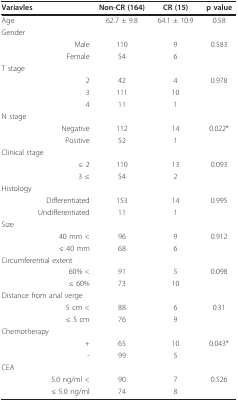
<table><thead><tr><td><b>Variavles</b></td><td><b>Non-CR (164)</b></td><td><b>CR (15)</b></td><td><b>p value</b></td></tr></thead><tbody><tr><td>Age</td><td>62.7 ± 9.8</td><td>64.1 ± 10.9</td><td>0.58</td></tr><tr><td>Gender</td><td></td><td></td><td></td></tr><tr><td>Male</td><td>110</td><td>9</td><td>0.583</td></tr><tr><td>Female</td><td>54</td><td>6</td><td></td></tr><tr><td>T stage</td><td></td><td></td><td></td></tr><tr><td>2</td><td>42</td><td>4</td><td>0.978</td></tr><tr><td>3</td><td>111</td><td>10</td><td></td></tr><tr><td>4</td><td>11</td><td>1</td><td></td></tr><tr><td>N stage</td><td></td><td></td><td></td></tr><tr><td>Negative</td><td>112</td><td>14</td><td>0.022*</td></tr><tr><td>Positive</td><td>52</td><td>1</td><td></td></tr><tr><td>Clinical stage</td><td></td><td></td><td></td></tr><tr><td>≤ 2</td><td>110</td><td>13</td><td>0.093</td></tr><tr><td>3 ≤</td><td>54</td><td>2</td><td></td></tr><tr><td>Histology</td><td></td><td></td><td></td></tr><tr><td>Differentiated</td><td>153</td><td>14</td><td>0.995</td></tr><tr><td>Undifferentiated</td><td>11</td><td>1</td><td></td></tr><tr><td>Size</td><td></td><td></td><td></td></tr><tr><td>40 mm &lt;</td><td>96</td><td>9</td><td>0.912</td></tr><tr><td>≤ 40 mm</td><td>68</td><td>6</td><td></td></tr><tr><td>Circumferential extent</td><td></td><td></td><td></td></tr><tr><td>60% &lt;</td><td>91</td><td>5</td><td>0.098</td></tr><tr><td>≤ 60%</td><td>73</td><td>10</td><td></td></tr><tr><td>Distance from anal verge</td><td></td><td></td><td></td></tr><tr><td>5 cm &lt;</td><td>88</td><td>6</td><td>0.31</td></tr><tr><td>≤ 5 cm</td><td>76</td><td>9</td><td></td></tr><tr><td>Chemotherapy</td><td></td><td></td><td></td></tr><tr><td>+</td><td>65</td><td>10</td><td>0.043*</td></tr><tr><td>-</td><td>99</td><td>5</td><td></td></tr><tr><td>CEA</td><td></td><td></td><td></td></tr><tr><td>5.0 ng/ml &lt;</td><td>90</td><td>7</td><td>0.526</td></tr><tr><td>≤ 5.0 ng/ml</td><td>74</td><td>8</td><td></td></tr></tbody></table>